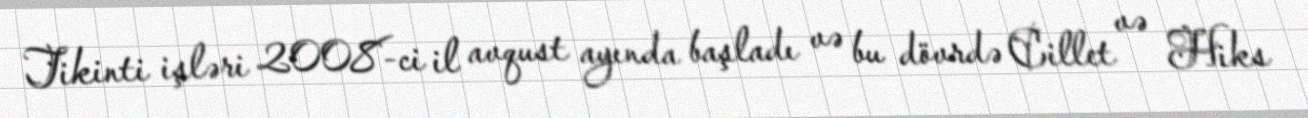
Tikinti işləri 2008-ci il avqust ayında başladı və bu dövrdə Cillet və Hiks